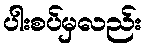
ပါးစပ်မှလည်း